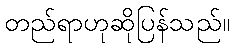
တည်ရာဟုဆိုပြန်သည်။